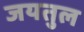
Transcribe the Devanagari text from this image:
जयतुल